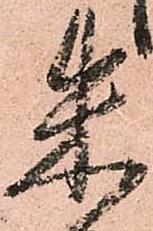
朱